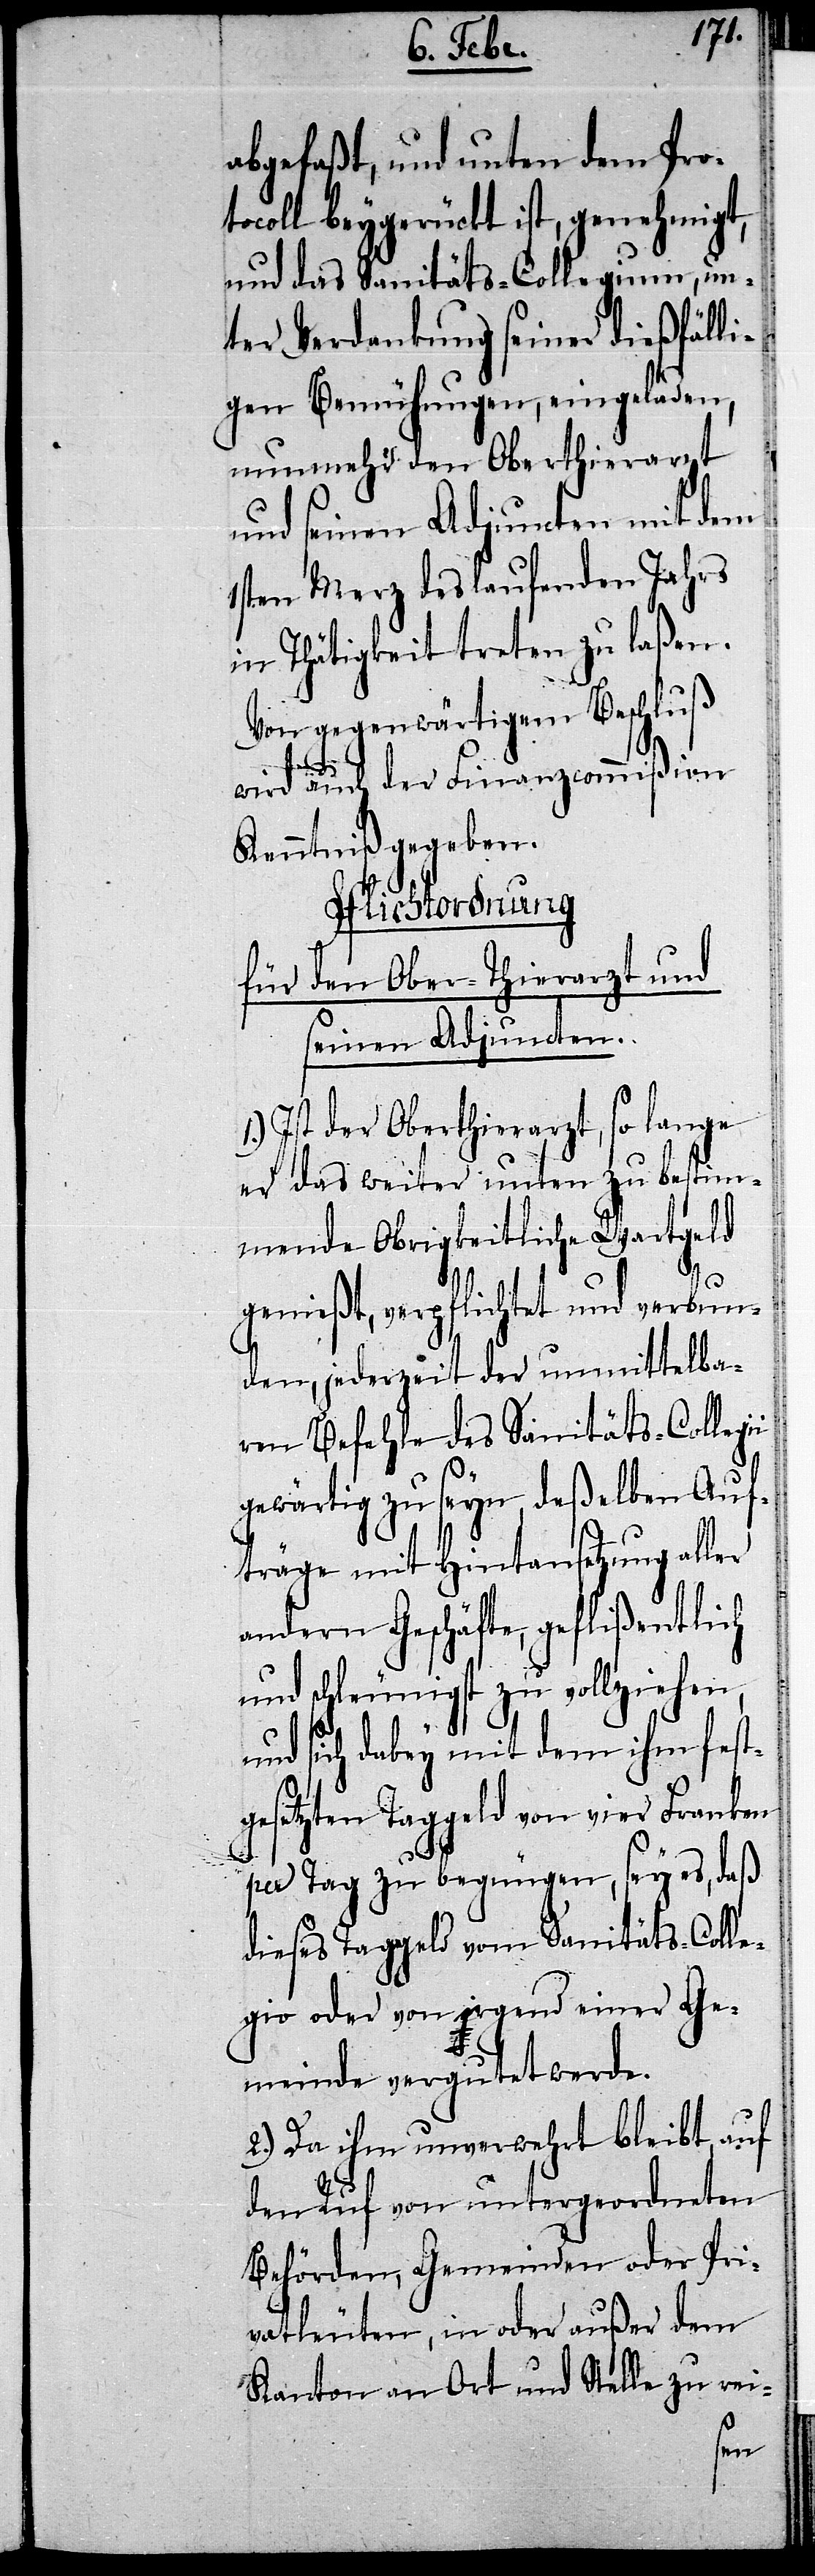
abgefaßt, und unten dem Pro¬
tocoll beygerückt ist, genehmigt,
und das Sanitäts-Collegium, un¬
ter Verdankung seiner dießfälli¬
gen Bemühungen, eingeladen,
nunmehr den Oberthierarzt
und seinen Adjuncten mit dem
1sten Merz des laufenden Jahrs
in Thätigkeit treten zu laßen.
Von gegenwärtigem Beschluß
ler
wird auch der Finanzcommißion
Kenntniß gegeben.
Pflichtordnung
und
für den Ober-Thierarzt
seinen Adjuncten.
Ist der Oberthierarzt, so lange
er das weiter unten zu bestim¬
mende Obrigkeitliche Wartgeld
genießt, verpflichtet und verbun¬
den, jederzeit der unmittelba¬
ren Befehle des Sanitäts-Collegi¬
gewärtig zu seyn, deßelben Auf¬
träge mit Hintansetzung al¬
andern Geschäfte, geflißentlich
und schleunigst zu vollziehen,
und sich dabey mit dem ihm fest¬
gesetzten Taggeld von vier Franken
per Tag zu begnügen, sey es, daß
dieses Taggeld vom Sanitäts-Colle¬
gio oder von irgend einer Ge¬
meinde vergutet werde.
2.) Da ihm unverwehrt bleibt, auf
den Ruf von untergeordneten
Behörden, Gemeinden oder Pri¬
vatleuten, in oder außer dem
Kanton an Ort und Stelle zu rei-